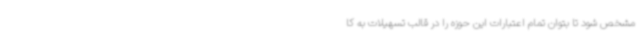
مشخص شود تا بتوان تمام اعتبارات این حوزه را در قالب تسهیلات به کا